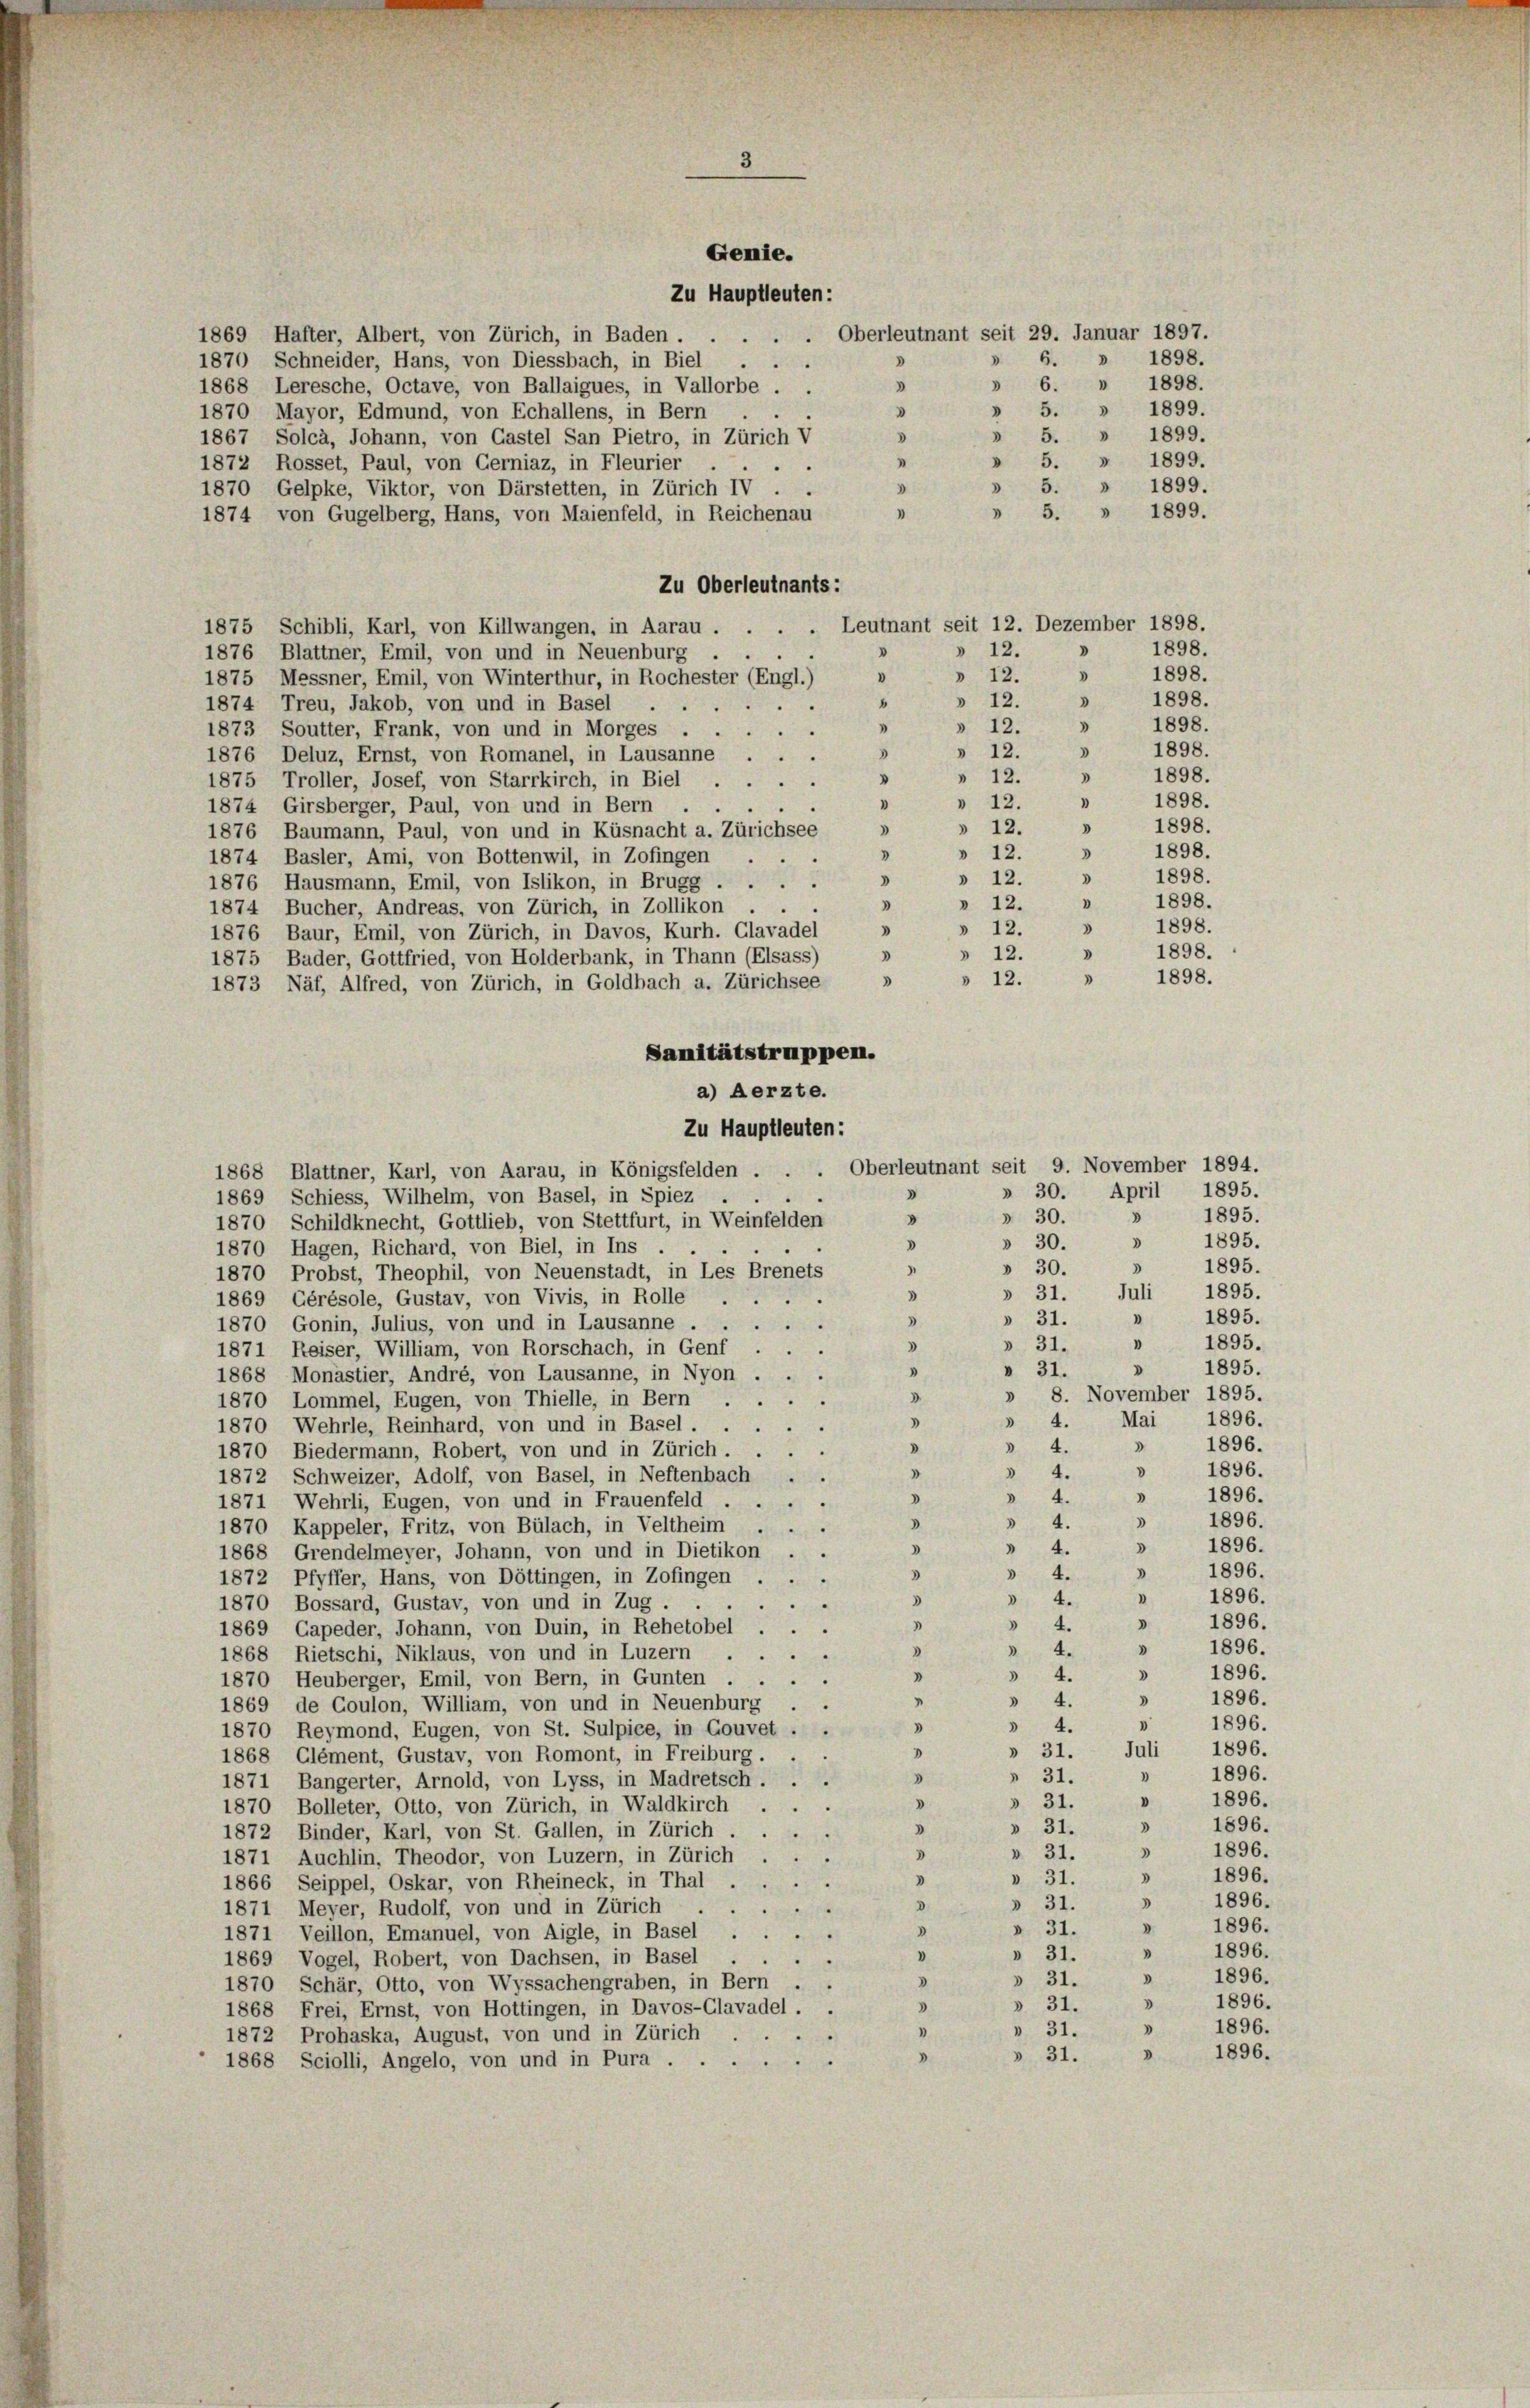
Gemie.
Zu Hauptleuten:
. Oberleutnant seit 29. Januar 1897.
1869 Hafter, Albert, von Zürich, in Baden.
» 6. » 1898.
8
1870 Schneider, Hans, von Diessbach, in Biel
» 6. » 1898.
1868 Leresche, Octave, von Ballaigues, in Vallorbe .
d
» 5. » 1899.
1870 Mayor, Edmund, von Echallens, in Bern
» 5. » 1899.
1867, Solcà, Johann, von Gastel San Pietro, in Zürich V
» 5. » 1899.
1872 Rosset, Paul, von Gerniaz, in Fleurier
» 5. » 1899.
1870 Gelpke, Viktor, von Darstetten, in Zürich IV.
» 5. » 1899.
1874 von Gugelberg, Hans, von Maienfeld, in Reichenau
Zu Oberleutnants:
1875 Schibli, Karl, von Killwangen, in Aarau . . . . Leutnant seit 12. Dezember 1898.
1898.
» 12.
1876 Blattner, Emil, von und in Neuenburg
1898.
d
» 12.
V
1875 Messner, Emil, von Winterthur, in Rochester (Engl.)
1898.
3
» 12.
1874 Treu, Jakob, von und in Basel
4
1898.
3
» 12.
1873 Soutter, Frank, von und in Morges .
.
1898.
.
» 12.
1876 Deluz, Ernst, von Romanel, in Lausanne . .
1898.
 12.
0
1875 Troller, Josef, von Starrkirch, in Biel
1898.
"
» 12.
1874 Girsberger, Paul, von und in Bern .
1898.
» 12.
.
3
1876 Baumann, Paul, von und in Küsnacht a. Zürichsee
1898.
3
8
» 12.
1874 Basler, Ami, von Bottenwil, in Zofingen
1898.
3
» 12.
D
1876 Hausmann, Emil, von Islikon, in Brugg ....
1898.
.
"
» 12.
1874 Bucher, Andreas, von Zürich, in Zollikon .
1898.
3
"
» 12.
1876 Baur, Emil, von Zürich, in Davos, Kurh. Clavadel
1898.
» 12.
3
3
1875 Bader, Gottfried, von Holderbank, in Thann (Elsass)
1898.
3
» 12.
3
1873 Näf, Alfred, von Zürich, in Goldbach a. Zürichsee
Sanitätstruppen.
a) Aerzte.
Zu Hauptleuten:
1868 Blattner, Karl, von Aarau, in Königsfelden . . . Oberleutnant seit 9. November 1894.
» 30. April 1895.
V
.
1869 Schiess, Wilhelm, von Basel, in Spiez .
1895.
» 30.
d
d
1870 Schildknecht, Gottlieb, von Stettfurt, in Weinfelden
1895.
d
 30.
d
1870 Hagen, Richard, von Biel, in Ins
3
1895.
 30.
1870 Probst, Theophil, von Neuenstadt, in Les Brenets
1895.
» 31. Juli
3
1869 Gérésole, Gustav, von Vivis, in Rolle
1895.
"
 31.
1870 Gonin, Julius, von und in Lausanne ...
1895.
"
3
» 31.
.
1871 Reiser, William, von Rorschach, in Genf .
1895.
D
» 31.
.
1868 Monastier, André, von Lausanne, in Nyon .
3
» 8. November 1895.
D
1870 Lommel, Eugen, von Thielle, in Bern
e
1896.
Mai
 4.
3
1870 Wehrle, Reinhard, von und in Basel . .
.
1896.
D
D
 4.
1870 Biedermann, Robert, von und in Zürich . .
.
1896.
d
3
» 4.
1872 Schweizer, Adolf, von Basel, in Neftenbach . .
» 1896.
 4.
D
1871 Wehrli, Eugen, von und in Frauenfeld . .
e
1896.
3
3
 4.
1870 Kappeler, Fritz, von Bülach, in Veltheim . . .
1896.
3
D
 4.
1868 Grendelmeyer, Johann, von und in Dietikon
1896.
3
 4.
3
1872 Pfyffer, Hans, von Döttingen, in Zofingen .
1896.
1
3
 4.
1870 Bossard, Gustav, von und in Zug.
1896.
 4.
3
1869 Gapeder, Johann, von Duin, in Rehetobel . . .
d
1896.
 4.
1868 Rietschi, Niklaus, von und in Luzern .
3
D
1896.
 4.
1870 Heuberger, Emil, von Bern, in Gunten .
"
.
1896.
3
 4.
1869 de Coulon, William, von und in Neuenburg .
1896.
V
 4.
3
1870 Reymond, Eugen, von St. Sulpiece, in Gouvet . .
1896.
» 31. Juli
0
1868 Glément, Gustav, von Romont, in Freiburg.
1896.
"
 31.
8
1871 Bangerter, Arnold, von Lyss, in Madretsch . .
1896.
.
» 31.
1870 Bolleter, Otto, von Zürich, in Waldkirch . .
1896.
1
» 31.
1872 Binder, Karl, von St. Gallen, in Zürich ....
3
1896.
v. 31.
3
1871 Auchlin, Theodor, von Luzern, in Zürich.
5
1896.
» 31.
3
1866 Seippel, Oskar, von Rheineck, in Thal
.
» 31.
8
1871 Meyer, Rudolf, von und in Zürich

d
1896.
d
I
» 31.
1871 Veillon, Emanuel, von Aigle, in Basel ...
1896.
V
"
» 31.
1869 Vogel, Robert, von Dachsen, in Basel
d
1896.
D
» 31.
1870 Schär, Otto, von Wyssachengraben, in Bern
D
3
» 31.
1868 Frei, Ernst, von Hottingen, in Davos-Glavadel.
1896.
.
3
» 31.
1872 Prohaska, August, von und in Zürich
» 1896.
» 31.
.
1868 Sciolli, Angelo, von und in Pura ....

1896.
1896.